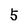
Character: 5